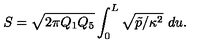
S = \sqrt { 2 \pi Q _ { 1 } Q _ { 5 } } \int _ { 0 } ^ { L } \sqrt { \tilde { p } / \kappa ^ { 2 } } \ d u .